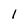
Character: 1